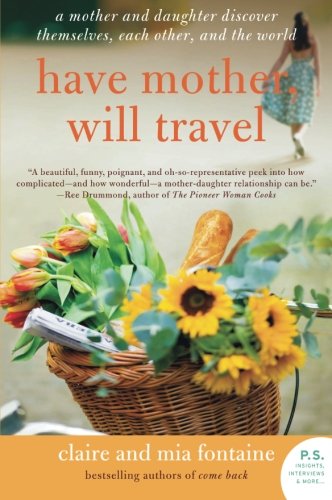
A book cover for Have Mother, Will Travel: A Mother and Daughter Discover Themselves, Each Other, and the World (P.S.); Claire Fontaine; Parenting & Relationships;